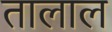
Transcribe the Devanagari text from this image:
तालाल